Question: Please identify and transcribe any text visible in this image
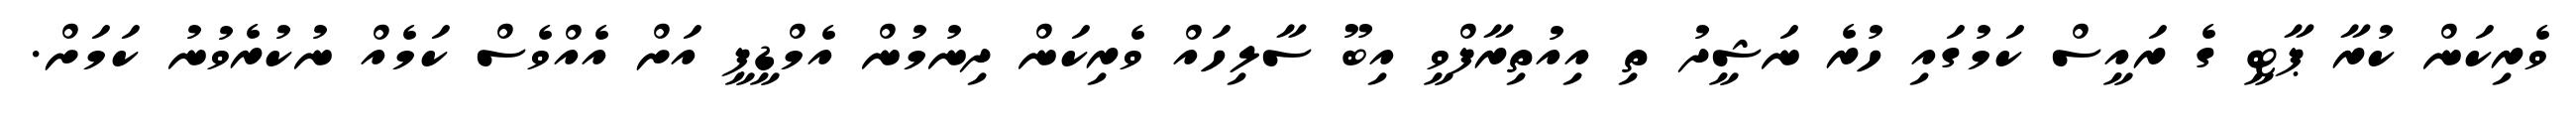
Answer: ވެރިކަން ކުރާ ޕާޓީ ގެ ރައީސް ކަމުގައި ހުރެ ނަޝީދު ތި އިއުތިރާފްވީ އިބޫ ސާލިހައް ވެރިކަން ދިނުމުން އެމްޑީޕީ އަށް އެއްވެސް ކަމެއް ނުކުރެވުނު ކަމަށް.